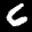
Label: 6